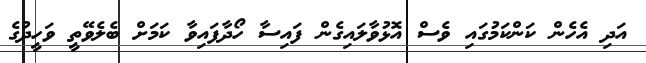
އަދި އެހެން ކަންކަމުގައި ވެސް އޮޅުވާލައިގެން ފައިސާ ހޯދާފައިވާ ކަމަށް ބެލެވޭތީ ވަހީދުގެ